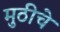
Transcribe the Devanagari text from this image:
मुठीचे